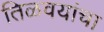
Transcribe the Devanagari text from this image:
तिळवयांचा